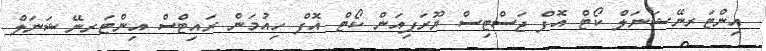
އިންޓަރނޭޝަނަލް ކޯޓް އޮފް ޖަސްޓިސް ޔޫރަޕިއަން ކޯޓް އޮފް ހިއުމަން ރައިޓްސް އިންޓަރނޭޝަނަލް